Vaccination North-Western Provinces 1866-1877 - 1866-1877
Year: 1866
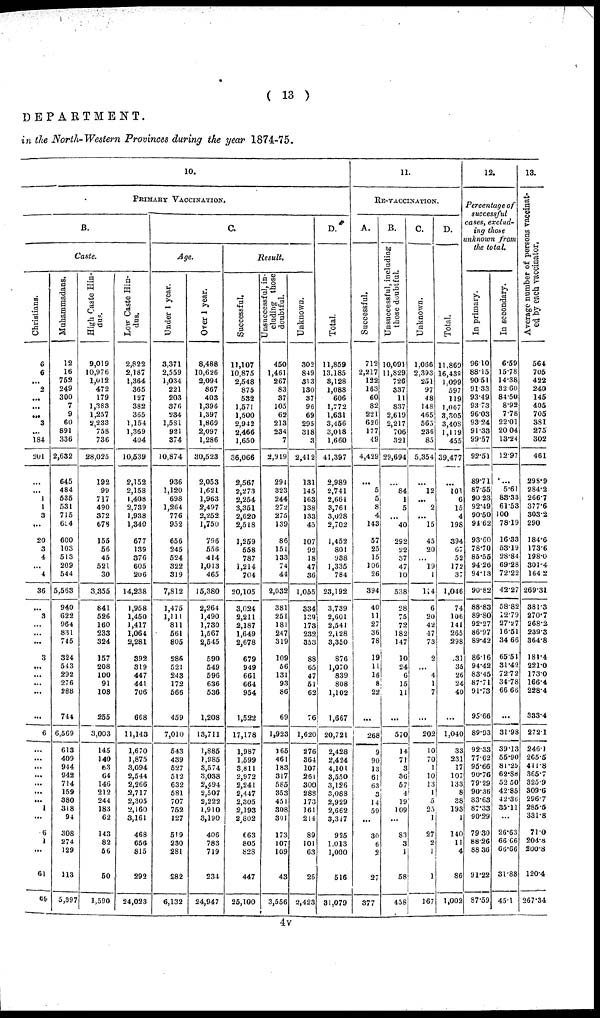
( 13 )
DEPARTMENT.
in the North-Western Provinces during the year 1874-75.
10.
PRIMARY VACCINATION.
B.
Caste.
Christians.
6
6
...
2
...
...
...
3
...
184
201
...
...
1
1
3
...
20
3
4
...
4
36
...
3
...
...
...
3
...
...
...
...
...
6
...
...
...
...
...
...
...
1
...
6
...
...
61
69
Muhammadans.
12
16
752
249
300
7
9
60
891
336
2,632
645
484
535
531
715
684
600
103
513
209
544
5,563
940
622
964
831
745
324
543
292
276
288
744
6,569
613
409
944
942
714
159
380
318
94
308
274
129
113
5,397
High Caste Hin-
dus.
9,019
10,976
1,012
472
179
1,383
1,257
2,233
758
736
28,025
192
99
717
490
372
678
155
56
45
521
30
3,355
841
526
160
233
324
157
208
100
91
108
255
3,003
145
140
63
64
146
212
244
183
62
143
82
56
50
1,590
Low Caste Hin-
dus.
2,822
2,187
1,364
365
127
382
365
1,154
1,369
404
10,539
2,152
2,158
1,408
2,739
1,938
1,340
677
13S
376
605
206
14,238
1,928
1,450
1,417
1,064
2,281
392
319
447
441
706
668
11,143
1,670
1,875
3,094
2,544
2,266
2,717
2,305
2,160
3,161
468
656
815
292
24,023
C.
Age.
Under 1 year.
3,371
2,559
1,034
221
203
376
234
1,581
921
374
10,874
936
1,120
698
1,264
776
952
656
245
524
322
319
7,812
1,475
1,111
811
561
805
286
521
243
172
566
459
7,010
543
439
527
512
632
581
707
752
127
519
230
281
282
6,132
Over 1 year.
8,488
10,626
2,094
867
403
1,396
1,397
1,869
2,097
1,286
30,523
2,053
1,621
1,963
2,497
2,252
1,750
796
556
414
1,013
465
15,380
2,264
1,490
1,730
1,567
2,545
590
549
596
636
536
1,208
13,711
1,885
1,985
3,574
3,038
2,494
2,507
2,222
1,910
3,190
406
783
719
234
24,947
Result.
Successful.
11,107
10,875
2,548
875
532
1,571
1,500
2,942
2,466
1,650
36,066
2,567
2,273
2,254
3,351
2,620
2,518
1,259
558
787
1,214
704
20,105
3,024
2,211
2,187
1,649
2,678
679
949
661
664
954
1,522
17,178
1,987
1,599
3,811
2,972
2,241
2,447
2,305
2,193
2,302
663
805
828
447
25,100
Unsuccessful, in-
cluding those
doubtful.
450
1,461
267
83
37
105
62
213
234
7
2,919
291
323
244
272
275
139
86
151
133
74
44
2,032
381
251
181
247
319
109
56
131
93
86
69
1,923
165
461
183
317
585
353
451
308
301
173
107
109
43
3,556
Unknown.
302
849
313
130
37
96
69
295
318
3
2,412
131
145
163
138
133
45
107
92
18
47
36
1,055
334
129
173
232
353
88
65
47
51
62
76
1,620
276
364
107
261
300
283
173
161
214
89
101
63
26
2,423
D.
Total.
11,859
13,185
3,128
1,088
606
1,772
1,631
3,456
3,018
1,660
41,397
2,989
2,741
2,661
3,761
3,028
2,702
1,452
801
938
1,335
784
23,192
3,739
2,601
2,541
2,128
3,350
876
1,070
839
808
1,102
1,667
20,721
2,428
2,424
4,101
3,550
3,126
3,088
2,929
2,662
3,317
925
1.013
1,000
516
31,079
11.
RE-VACCINATION
A.
Successful.
712
2,217
122
163
60
82
221
626
177
49
4,429
...
5
5
8
4
143
57
25
15
106
26
394
40
11
27
36
78
19
11
16
8
22
...
268
9
90
13
61
63
3
14
59
...
30
6
2
27
377
B.
Unsuccessful, including
those doubtful.
10,091
11,829
726
337
11
837
2,619
2,217
706
321
29,694
...
84
1
5
...
40
292
22
37
47
10
538
28
75
72
182
147
10
24
1
6
15
11
...
570
14
71
3
36
57
4
19
109
...
83
3
1
58
458
C.
Unknown.
1,066
2,393
251
97
48
148
465
565
236
85
5,354
...
12
...
2
...
15
45
20
19
1
114
6
20
42
47
73
2
...
4
1
7
...
202
10
70
1
1
10
13
1
5
25
1
27
2
1
1
167
D.
Total.
11,869
16,439
1,099
597
119
1,067
3,305
3,408
1,119
455
39,477
...
101
6
15
4
198
394
67
52
172
37
1,046
74
106
141
265
298
31
35
26
24
40
...
1,040
38
231
17
107
133
8
38
193
1
140
11
4
86
1,002
12.
Percentage of
successful
cases, exclud-
ing those
unknown from
the total.
In primary.
96.10
88.15
90.51
91.33
93.49
93.73
96.03
93.24
91.33
99.57
92.51
89.71
87.55
90.23
92.49
90.50
94.62
93.60
78.70
85.55
94.26
94.13
90.82
88.83
89.80
92.27
86.97
89.42
86.16
94.42
83.45
87.71
91.73
95.66
89.93
92.33
77.62
95.66
90.76
79.29
90.36
83.63
87.33
90.29
79.30
88.26
88.36
91.22
87.59
In secondary.
6.59
15.78
14.38
32.60
84.50
8.92
7.78
22.01
20.04
13.24
12.97
...
5.61
83.33
61.53
100
78.19
16.33
53.19
28.84
69.28
72.22
42.27
58.82
12.79
27.27
16.51
34.66
65.51
31.42
72.72
34.78
66.66
...
31.98
39.13
55.90
81.25
62.88
52.50
42.85
42.36
35.11
...
26.63
66.66
66.66
31.88
45.1
13.
Average number of persons vaccinat-
ed by each vaccinator.
564
705
422
240
145
405
705
381
275
302
461
298.9
284.2
266.7
377.6
303.2
290
184.6
17.36
198.0
301.4
16.42
269.31
381.3
270.7
268.2
239.3
364.8
181.4
221.0
173.0
166.4
228.4
333.4
272.1
246.1
265.5
411.8
365.7
325.9
309.6
296.7
285.6
331.8
71.0
204.8
200.8
120.4
267.34
4v